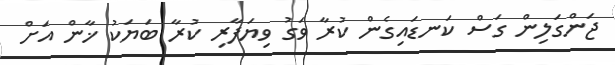
ޖަންގަލިން ގަސް ކަނޑައިގެން ކުރާ ވަގު ވިޔަފާރި ކުރާ ބަޔަކު ޚާން އަށް